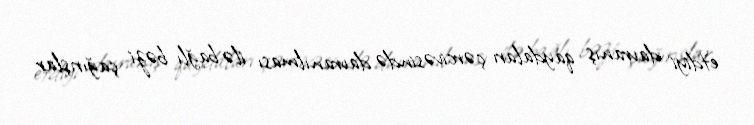
etdiyi davranış qaydaları çərcivəsində davranılması ilə bağlı bəzi çağırışlar